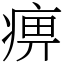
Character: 痹